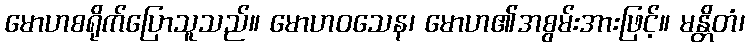
မောဟစရိုက်ပြောသူသည်။ မောဟဝသေန၊ မောဟ၏အစွမ်းအားဖြင့်။ မန္တိတံ၊